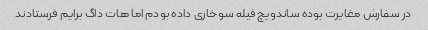
در سفارش مغایرت بوده ساندویچ فیله سوخاری داده بودم اما هات داگ برایم فرستادند